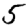
Digit: 5